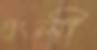
গুংলী